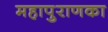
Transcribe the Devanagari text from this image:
महापुराणका